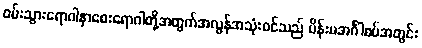
ဝမ်းသွားရောဂါနှာစေးရောဂါတို့အတွက်အလွန်အသုံးဝင်သည် မိန်းမအင်္ဂါစပ်အတွင်း